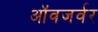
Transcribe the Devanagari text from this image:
ऑवजर्वर